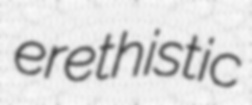
erethistic